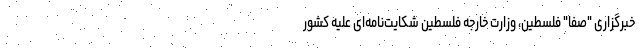
خبرگزاری "صفا" فلسطین، وزارت خارجه فلسطین شکایت‌نامه‌ای علیه کشور